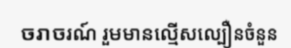
ចរាចរណ៍ រួមមានល្មើសល្បឿនចំនួន